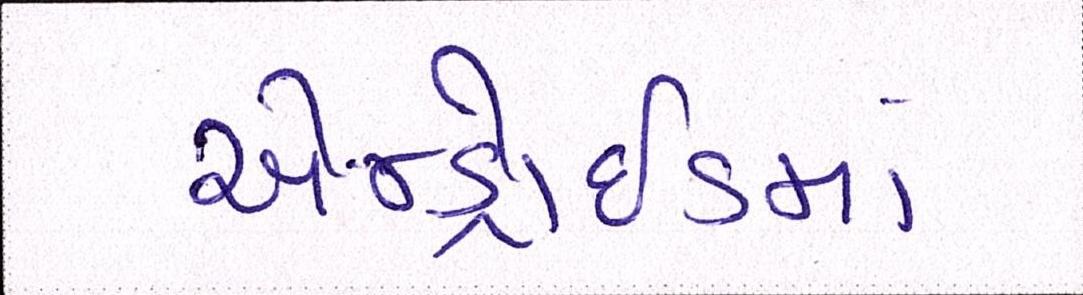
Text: એન્ડ્રોઇડમાં